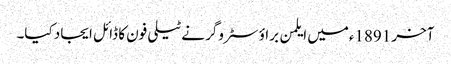
آخر 1891ءمیں ایلمن براؤ سٹروگر نے ٹیلی فون کا ڈائل ایجاد کیا۔